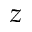
z